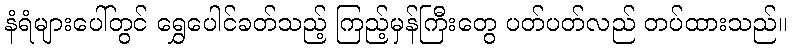
နံရံများပေါ်တွင် ရွှေပေါင်ခတ်သည့် ကြည့်မှန်ကြီးတွေ ပတ်ပတ်လည် တပ်ထားသည်။